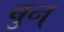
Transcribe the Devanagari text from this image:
बुन्‌